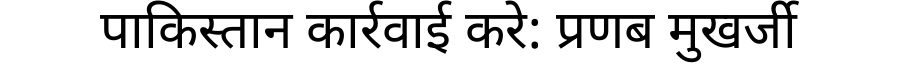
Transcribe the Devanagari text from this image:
पाकिस्तान कार्रवाई करे: प्रणब मुखर्जी